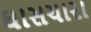
ઘાસચારા